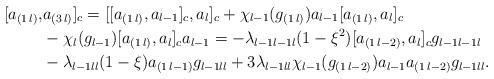
LaTeX: \begin{align*} [a_{(1\,l)},&a_{(3\,l)}]_c=[[a_{(1\,l)},a_{l-1}]_c,a_l]_c+\chi_{l-1}(g_{(1\,l)})a_{l-1}[a_{(1\,l)},a_l]_c\\& -\chi_l(g_{l-1})[a_{(1\,l)},a_l]_ca_{l-1}=-\lambda_{l-1l-1l}(1-\xi^2)[a_{(1\,l-2)},a_l]_cg_{l-1l-1l}\\& -\lambda_{l-1ll}(1-\xi)a_{(1\,l-1)}g_{l-1ll}+3\lambda_{l-1ll}\chi_{l-1}(g_{(1\,l-2)})a_{l-1}a_{(1\,l-2)}g_{l-1ll}.\end{align*}